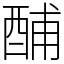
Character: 酺